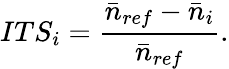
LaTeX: ITS_{i}=\frac{\bar{n}_{ref}-\bar{n}_{i}}{\bar{n}_{ref}}.